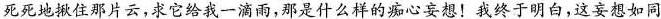
死死地揪住那片云，求它给我一滴雨，那是什么样的痴心妄想！我终于明白，这妄想如同